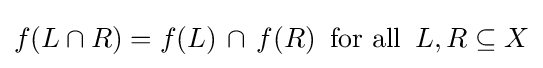
f(L\cap R)=f(L)\,\cap \,f(R)\,{\text{ for all }}\,L,R\subseteq X